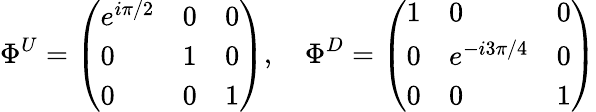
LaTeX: \Phi^{U}=\left(\begin{array}{lll}{{e^{i\pi/2}}}&{{0}}&{{0}}\\ {{0}}&{{1}}&{{0}}\\ {{0}}&{{0}}&{{1}}\end{array}\right),\quad\Phi^{D}=\left(\begin{array}{lll}{{1}}&{{0}}&{{0}}\\ {{0}}&{{e^{-i3\pi/4}}}&{{0}}\\ {{0}}&{{0}}&{{1}}\end{array}\right)